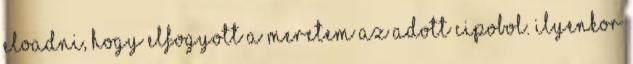
eloadni, hogy elfogyott a meretem az adott cipobol. Ilyenkor